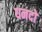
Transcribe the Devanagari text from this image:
धनदो